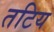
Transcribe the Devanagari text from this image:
तटिय